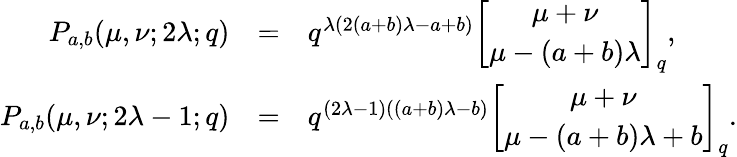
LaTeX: \begin{array}{rcl}{{P_{a,b}(\mu,\nu;2\lambda;q)}}&{{=}}&{{q^{\lambda(2(a+b)\lambda-a+b)}\displaystyle\left[\begin{array}{c}{{\mu+\nu}}\\ {{\mu-(a+b)\lambda}}\end{array}\right]_{q},}}\\ {{P_{a,b}(\mu,\nu;2\lambda-1;q)}}&{{=}}&{{q^{(2\lambda-1)((a+b)\lambda-b)}\displaystyle\left[\begin{array}{c}{{\mu+\nu}}\\ {{\mu-(a+b)\lambda+b}}\end{array}\right]_{q}.}}\end{array}